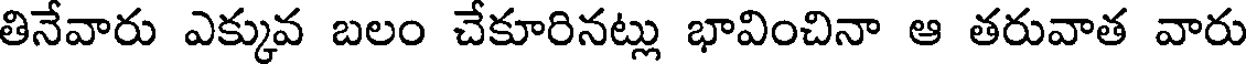
తినేవారు ఎక్కువ బలం చేకూరినట్లు భావించినా ఆ తరువాత వారు